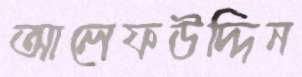
আলেফউদ্দিন